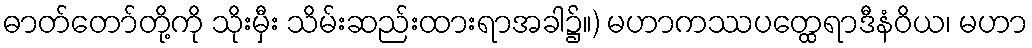
ဓာတ်တော်တို့ကို သိုးမှီး သိမ်းဆည်းထားရာအခါ၌။) မဟာကဿပတ္ထေရာဒီနံဝိယ၊ မဟာ